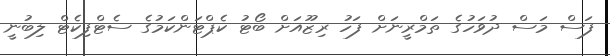
ފަސް މަސް ދުވަހުގެ ތަމްރީނަށް ފަހު ރިޒޫއަށް ބޯޓު ކެޕްޓަންކަމުގެ ސެޓްފިކެޓް ލިބުނީ